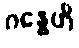
ဂန္ဓေဟိ